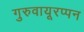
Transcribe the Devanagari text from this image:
गुरुवायूरप्पन